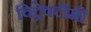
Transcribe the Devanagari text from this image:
विट्रेक्टॉमी